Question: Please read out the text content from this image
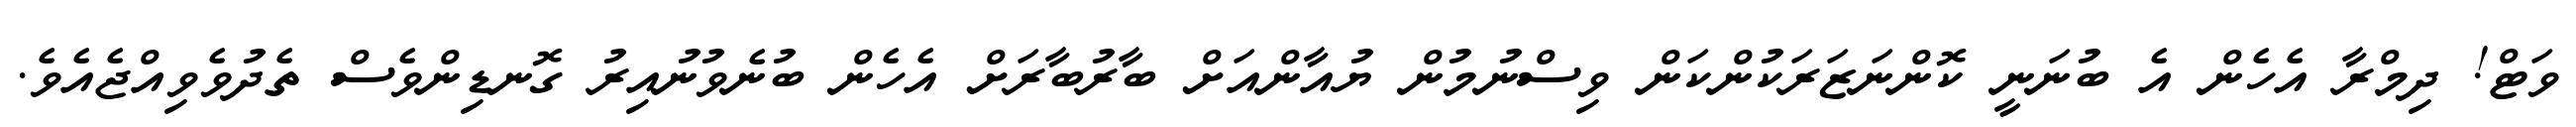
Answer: ވަޓް! ދިމްރާ އެހެން އެ ބުނަނީ ކޮންނަޒަރަކުންކަން ވިސްނުމުން ޔުއާންއަށް ބާރުބާރަށް އެހެން ބުނެވުނުއިރު ގޮނޑިންވެސް ތެދުވެވިއްޖެއެވެ.